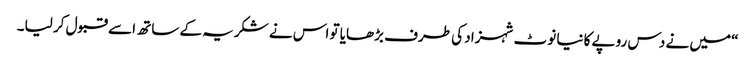
“میں نے دس روپے کا نیا نوٹ شہزاد کی طرف بڑھایا تو اس نے شکریہ کے ساتھ اسے قبول کر لیا۔